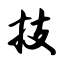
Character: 技